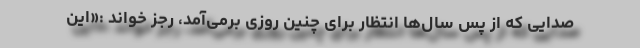
صدایی که از پس سال‌ها انتظار برای چنین روزی برمی‌آمد، رجز خواند :«این